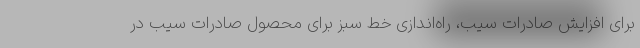
برای افزایش صادرات سیب، راه‌اندازی خط سبز برای محصول صادرات سیب در